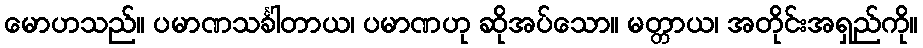
မောဟသည်။ ပမာဏသင်္ခါတာယ၊ ပမာဏဟု ဆိုအပ်သော။ မတ္တာယ၊ အတိုင်းအရှည်ကို။